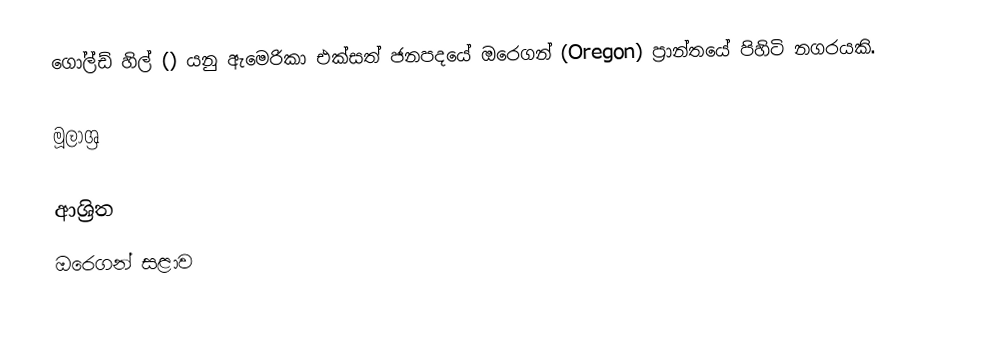
ගෝල්ඩ් හිල් () යනු ඇමෙරිකා එක්සත් ජනපදයේ ඔරෙගන් (Oregon) ප්‍රාන්තයේ පිහිටි නගරයකි.

මූලාශ්‍ර

ආශ්‍රිත
 ඔරෙගන් සළාව